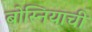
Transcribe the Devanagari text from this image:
बोस्नियाची